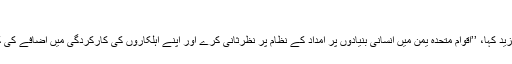
‘‘
المالکی نے مزید کہا، ’’اقوام متحدہ یمن میں انسانی بنیادوں پر امداد کے نظام پر نظرثانی کرے اور اپنے اہلکاروں کی کارکردگی میں اضافے کی کوشش کرے۔